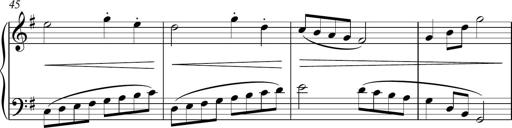
Title: Sonatina
Composer: Kemble Stout
Key: G major